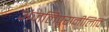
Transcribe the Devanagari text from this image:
अंजलिपुरानीलिपि